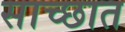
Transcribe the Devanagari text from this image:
साच्छात